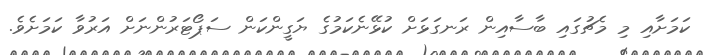
ކަމަށާއި މި މެޗުގައި ބާސާއިން ރަނގަޅަށް ކުޅޭނެކަމުގެ ޔަގީންކަން ސަޕޯޓަރުންނަށް އަރުވާ ކަމަށެވެ.